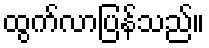
ထွက်လာပြန်သည်။